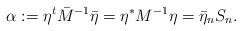
LaTeX: \begin{gather*}\alpha:=\eta^t\bar{M}^{-1}\bar{\eta}=\eta^*M^{-1}\eta=\bar{\eta}_nS_n.\end{gather*}